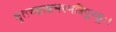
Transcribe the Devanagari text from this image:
धृतरुद्राक्षभस्मत्रिपुण्ड्रः।